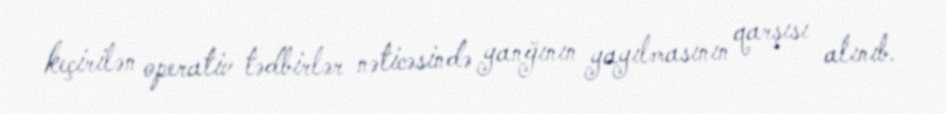
keçirilən operativ tədbirlər nəticəsində yanğının yayılmasının qarşısı alınıb.